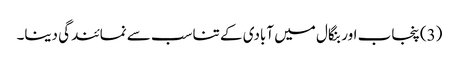
(3) پنجاب اور بنگال میں آبادی کے تناسب سے نمائندگی دینا۔